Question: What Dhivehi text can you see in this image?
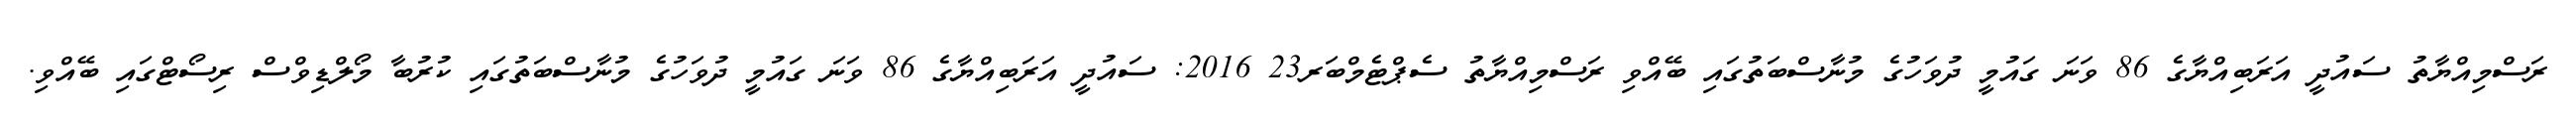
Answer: ރަސްމިއްޔާތު ސައުދީ އަރަބިއްޔާގެ 86 ވަނަ ގައުމީ ދުވަހުގެ މުނާސްބަތުގައި ބޭއްވި ރަސްމިއްޔާތު ސެޕްޓެމްބަރ23 2016: ސައުދީ އަރަބިއްޔާގެ 86 ވަނަ ގައުމީ ދުވަހުގެ މުނާސްބަތުގައި ކުރުބާ މޯލްޑިވްސް ރިސޯޓްގައި ބޭއްވި.